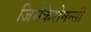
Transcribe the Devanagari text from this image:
जिसेकेरोमन्सी